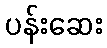
ပန်းဆေး